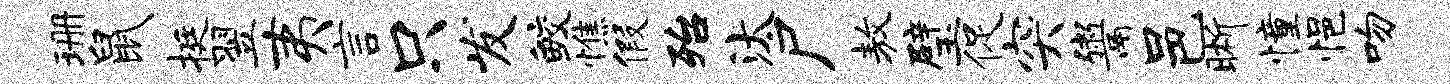
珊鼠挺翌夷言只发鲛憔假殆汰尸敖璧促突鬻邑晰憧悒吻